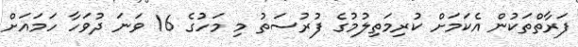
ފަރާތްތަކުން އެކަމަށް ކުރިމަތިލުމުގެ ފުރުސަތު މި މަހުގެ 16 ވަނަ ދުވަހާ ހަމައަށް